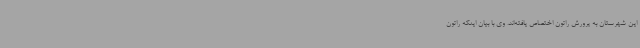
این شهرستان به پرورش راتون اختصاص یافته‌اند. وی با بیان اینکه راتون